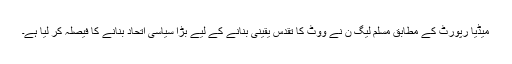
میڈیا رپورٹ کے مطابق مسلم لیگ ن نے ووٹ کا تقدس یقینی بنانے کے لیے بڑا سیاسی اتحاد بنانے کا فیصلہ کر لیا ہے۔